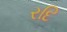
રદિ